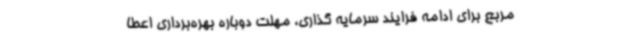
مربع برای ادامه فرایند سرمایه گذاری، مهلت دوباره بهره‌برداری اعطا